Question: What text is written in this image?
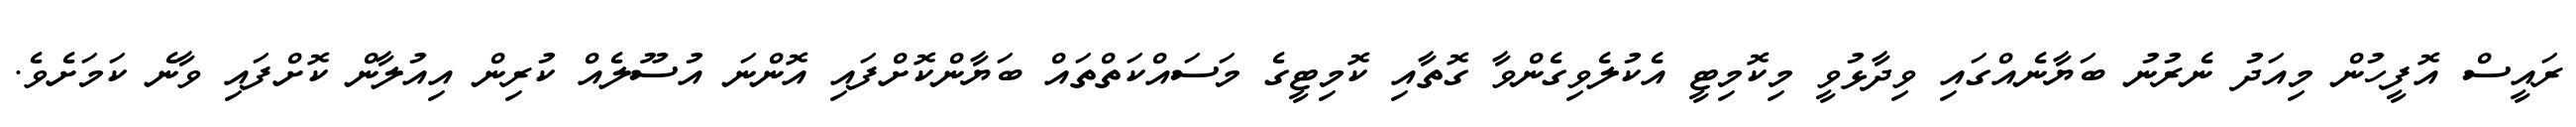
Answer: ރައީސް އޮފީހުން މިއަދު ނެރުނު ބަޔާނެއްގައި ވިދާޅުވީ މިކޮމިޓީ އެކުލެވިގެންވާ ގޮތާއި ކޮމިޓީގެ މަސައްކަތްތައް ބަޔާންކޮށްފައި އޮންނަ އުސޫލެއް ކުރިން އިއުލާން ކޮށްފައި ވާނެ ކަމަށެވެ.